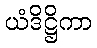
ယံဒိဋ္ဌိကာ